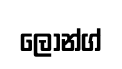
ලොන්ග්